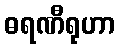
ဓရဏီရုဟာ